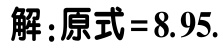
解：原式=8.95.